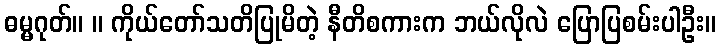
ဓမ္မဂုတ်။ ။ ကိုယ်တော်သတိပြုမိတဲ့ နီတိစကားက ဘယ်လိုလဲ ပြောပြစမ်းပါဦး။